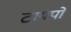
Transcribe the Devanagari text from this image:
टायपो